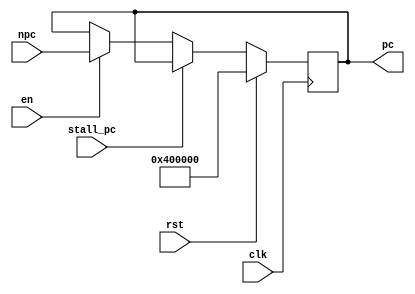
module PC (
    input                   [ 0 : 0]            clk,
    input                   [ 0 : 0]            rst,
    input                   [ 0 : 0]            en,
    input                   [ 0 : 0]            stall_pc,
    input                   [31 : 0]            npc,

    output      reg         [31 : 0]            pc
);
initial begin
    pc <= 32'h00400000;
end
always @(posedge clk) begin
    if(rst) begin
        pc <= 32'h00400000;
    end
    else begin
        if (stall_pc) begin
            pc <= pc;
        end
        else begin
            if(en) begin
                pc <= npc;
            end
        end
    end
end

endmodule